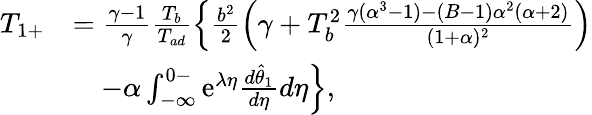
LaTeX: \begin{array}{rl}{T_{1+}}&{=\frac{\gamma-1}{\gamma}\frac{T_{b}}{T_{ad}}\left\{ \frac{b^{2}}{2}\left(\gamma+T_{b}^{2}\frac{\gamma(\alpha^{3}-1)-(B-1)\alpha^{2}(\alpha+2)}{(1+\alpha)^{2}}\right)\right.}\\ &{\left.\quad-\alpha\int_{-\infty}^{0-}\mathrm{e}^{\lambda\eta}\frac{d\hat{\theta}_{1}}{d\eta}d\eta\right\} ,}\end{array}